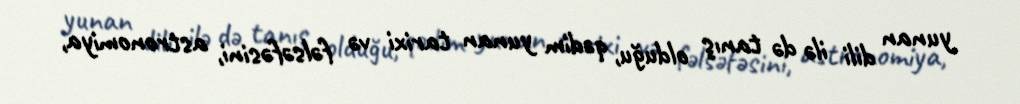
yunan dili ilə də tanış olduğu, qədim yunan tarixi və fəlsəfəsini, astronomiya,